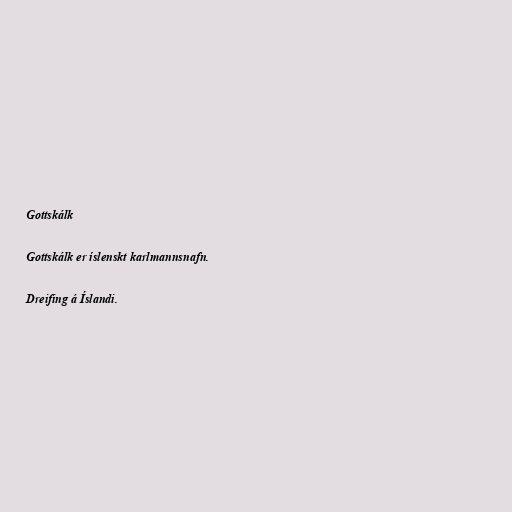
Gottskálk

Gottskálk er íslenskt karlmannsnafn.

Dreifing á Íslandi.